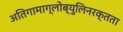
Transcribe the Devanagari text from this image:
अतिगामाग्लोब्युलिनरक्तता